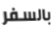
بالسفر